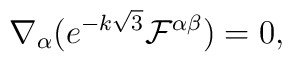
\nabla _{\alpha }(e^{-k\sqrt{3}}\mathcal{F}^{\alpha \beta })=0,